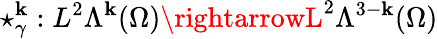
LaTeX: \star_{\gamma}^{\mathbf{k}}:L^{2}\Lambda^{\mathbf{k}}(\Omega)\rightarrowL^{2}\Lambda^{3-\mathbf{k}}(\Omega)